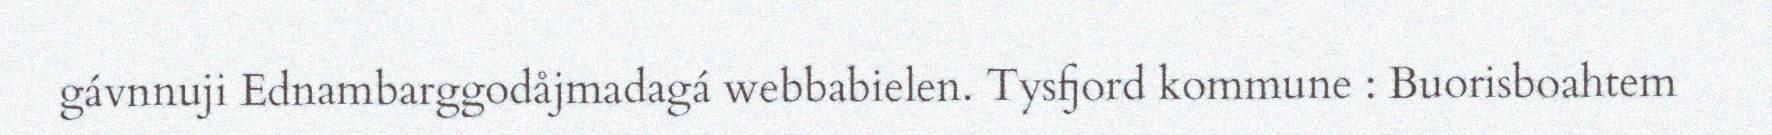
gávnnuji Ednambarggodåjmadagá webbabielen. Tysfjord kommune : Buorisboahtem